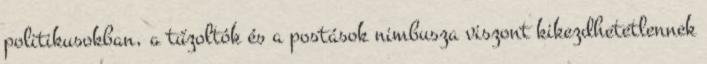
politikusokban, a tűzoltók és a postások nimbusza viszont kikezdhetetlennek